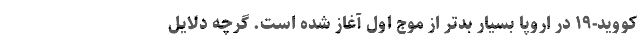
کووید-۱۹ در اروپا بسیار بدتر از موج اول آغاز شده است. گرچه دلایل